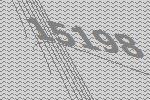
15198